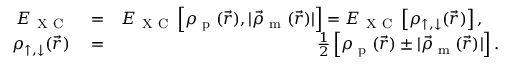
\begin{array} { r l r } { E _ { \mathrm { ~ X ~ C ~ } } } & { { } = } & { E _ { \mathrm { ~ X ~ C ~ } } \left[ \rho _ { \textrm { p } } ( \vec { r } ) , | \vec { \rho } _ { \textrm { m } } ( \vec { r } ) | \right] = E _ { \mathrm { ~ X ~ C ~ } } \left[ \rho _ { \uparrow , \downarrow } ( \vec { r } ) \right] , \quad } \\ { \rho _ { \uparrow , \downarrow } ( \vec { r } ) } & { { } = } & { \frac { 1 } { 2 } \left[ \rho _ { \textrm { p } } ( \vec { r } ) \pm | \vec { \rho } _ { \textrm { m } } ( \vec { r } ) | \right] . } \end{array}